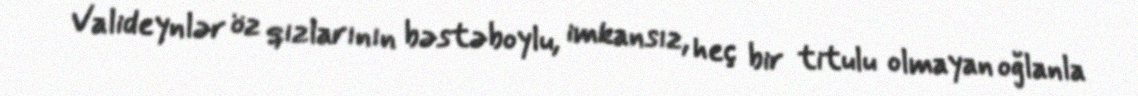
Valideynlər öz qızlarının bəstəboylu, imkansız, heç bir titulu olmayan oğlanla